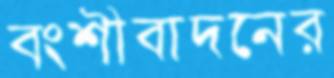
বংশীবাদনের